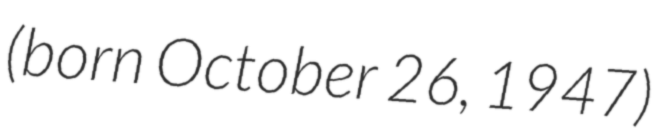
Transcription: (born October 26, 1947)